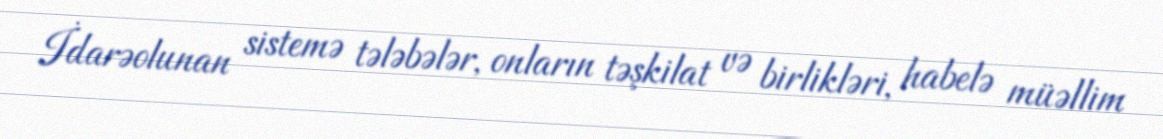
İdarəolunan sistemə tələbələr, onların təşkilat və birlikləri, habelə müəllim